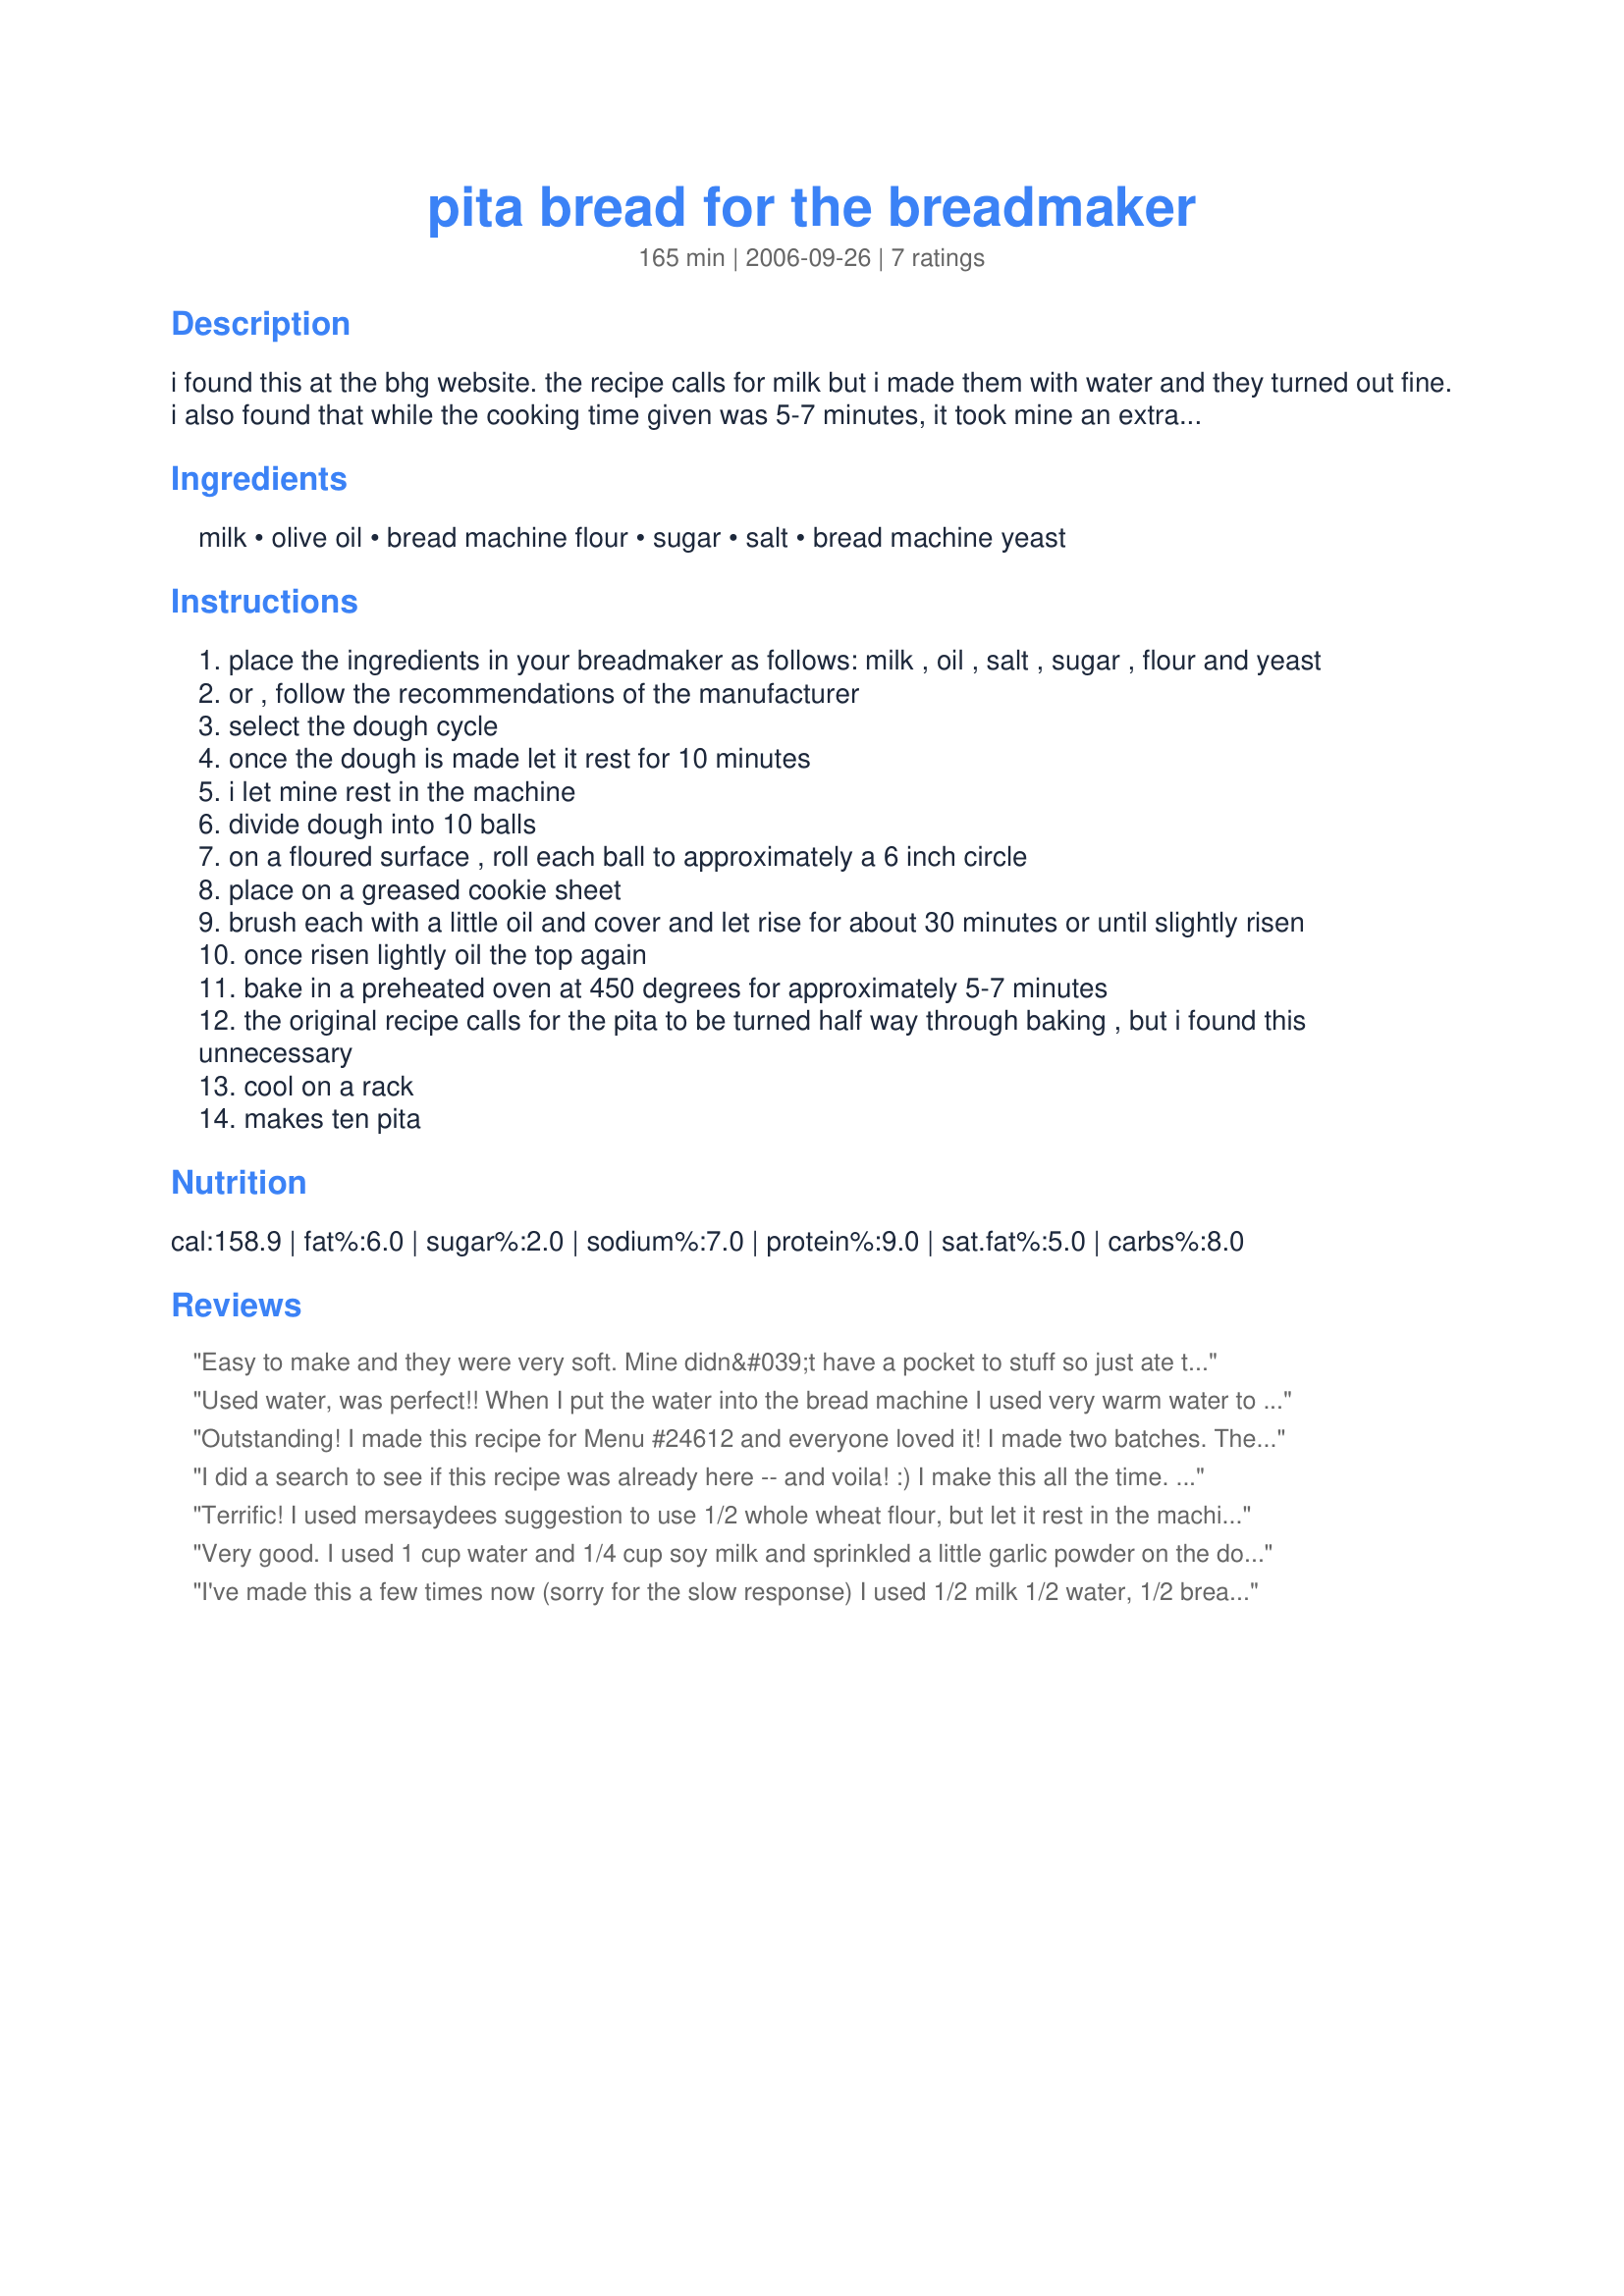
pita bread for the breadmaker
Preparation time: 165 minutes

i found this at the bhg website. the recipe calls for milk but i made them with water and they turned out fine. i also found that while the cooking time given was 5-7 minutes, it took mine an extra 2 minutes to brown.

Ingredients:
milk, olive oil, bread machine flour, sugar, salt, bread machine yeast

Steps:
place the ingredients in your breadmaker as follows: milk , oil , salt , sugar , flour and yeast
or , follow the recommendations of the manufacturer
select the dough cycle
once the dough is made let it rest for 10 minutes
i let mine rest in the machine
divide dough into 10 balls
on a floured surface , roll each ball to approximately a 6 inch circle
place on a greased cookie sheet
brush each with a little oil and cover and let rise for about 30 minutes or until slightly risen
once risen lightly oil the top again
bake in a preheated oven at 450 degrees for approximately 5-7 minutes
the original recipe calls for the pita to be turned half way through baking , but i found this unnecessary
cool on a rack
makes ten pita

Reviews:
Easy to make and they were very soft. Mine didn&#039;t have a pocket to stuff so just ate them on the side. Made half a recipe and served with tahini sauce, falafels and Recipe #54167.
Used water, was perfect!! When I put the water into the bread machine I used very warm water to activate the yeast. I wasn&#039;t sure if you have to do that, but all other recipes require it. And it turned out perfect.
Outstanding! I made this recipe for Menu #24612 and everyone loved it! I made two batches. The dough it didn't raise much in the bread machine, but the bread raised while it was cooking. I used lactose free milk but otherwise kept to the recipe. The bread itself was soft and perfect like thick pita bread should be. Thank you Cilantro in Canada
I did a search to see if this recipe was already here -- and voila! :) I make this all the time. This version is for a 1-1/2 pound machine. I usually remove my dough from the bread machine for the 10 minute rest in step 3. For a whole wheat version, substitute 1-1/2 cups bread flour and 1-1/2 cups whole wheat flour for the 3 cups bread flour. Thanks, Cilantro in Canada!
Terrific! I used mersaydees suggestion to use 1/2 whole wheat flour, but let it rest in the machine. I baked for 10 minutes without flipping and they were perfect. Thanks so much!
Very good. I used 1 cup water and 1/4 cup soy milk and sprinkled a little garlic powder on the dough before baking but other then that kept it the same. Delicious and pretty easy if you are hanging around the house anyway.
I've made this a few times now (sorry for the slow response) I used 1/2 milk 1/2 water, 1/2 bread flour and 1/2 whole wheat. I did flip mine at the 6 minute mark, then cooked for about 4min more and that left them nice and golden. Thanks Cilantro, this works out great
